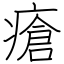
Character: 瘡